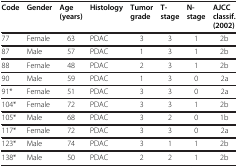
<table><thead><tr><td><b>Code</b></td><td><b>Gender</b></td><td><b>Age (years)</b></td><td><b>Histology</b></td><td><b>Tumor grade</b></td><td><b>T-stage</b></td><td><b>N-stage</b></td><td><b>AJCC classif. (2002)</b></td></tr></thead><tbody><tr><td>77</td><td>Female</td><td>63</td><td>PDAC</td><td>3</td><td>3</td><td>1</td><td>2b</td></tr><tr><td>87</td><td>Male</td><td>57</td><td>PDAC</td><td>1</td><td>3</td><td>1</td><td>2b</td></tr><tr><td>88</td><td>Female</td><td>48</td><td>PDAC</td><td>2</td><td>3</td><td>1</td><td>2b</td></tr><tr><td>90</td><td>Male</td><td>59</td><td>PDAC</td><td>1</td><td>3</td><td>0</td><td>2a</td></tr><tr><td>91*</td><td>Female</td><td>51</td><td>PDAC</td><td>3</td><td>3</td><td>0</td><td>2a</td></tr><tr><td>104*</td><td>Female</td><td>72</td><td>PDAC</td><td>3</td><td>3</td><td>1</td><td>2b</td></tr><tr><td>105*</td><td>Male</td><td>68</td><td>PDAC</td><td>3</td><td>2</td><td>0</td><td>1b</td></tr><tr><td>117*</td><td>Female</td><td>72</td><td>PDAC</td><td>3</td><td>3</td><td>0</td><td>2a</td></tr><tr><td>123*</td><td>Male</td><td>74</td><td>PDAC</td><td>3</td><td>1</td><td>1</td><td>2b</td></tr><tr><td>138*</td><td>Male</td><td>50</td><td>PDAC</td><td>2</td><td>2</td><td>1</td><td>2b</td></tr></tbody></table>